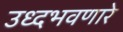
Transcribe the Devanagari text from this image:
उध्दभवणारे